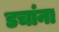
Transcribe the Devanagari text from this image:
डचांना